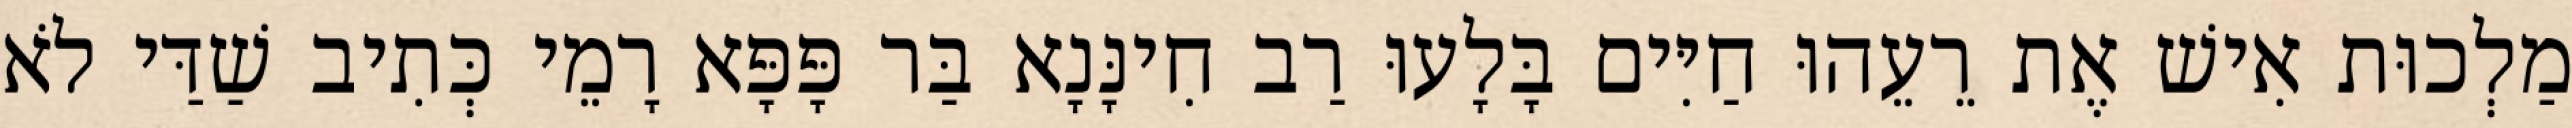
מַלְכוּת אִישׁ אֶת רֵעֵהוּ חַיִּים בָּלָעוּ רַב חִינָּנָא בַּר פָּפָּא רָמֵי כְּתִיב שַׁדַּי לֹא